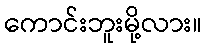
ကောင်းဘူးမို့လား။